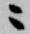
ニ